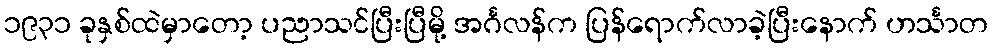
၁၉၃၁ ခုနှစ်ထဲမှာတော့ ပညာသင်ပြီးပြီမို့ အင်္ဂလန်က ပြန်ရောက်လာခဲ့ပြီးနောက် ဟင်္သာတ